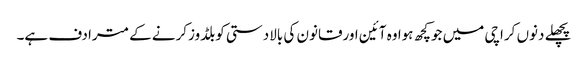
پچھلے دنوں کراچی میں جوکچھ ہوا وہ آئین اورقانون کی بالادستی کوبلڈوزکرنے کے مترادف ہے۔